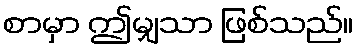
စာမှာ ဤမျှသာ ဖြစ်သည်။